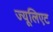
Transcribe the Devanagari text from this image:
ज्यूलिएट